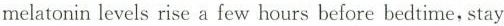
melatonin levels rise a few hours before bedtime, stay